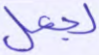
لجعل